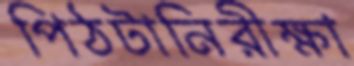
পিঠটানিরীক্ষা